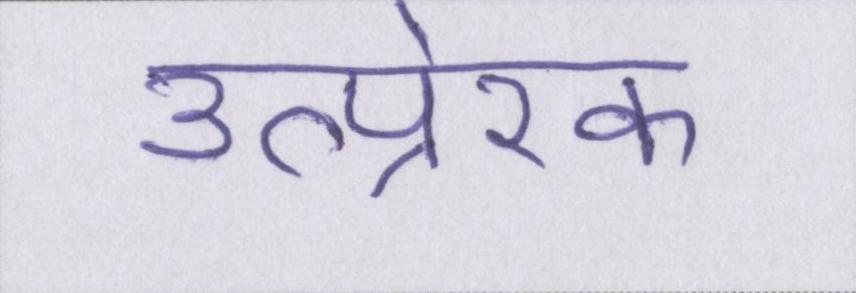
उत्प्रेरक